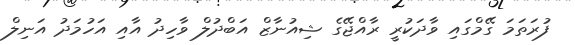
ފުރަތަަމަ ގޭމްގައި ވާދަކުރީ ރާއްޖޭގެ ޝިއުނާޒް އަބްދުލް ވާހިދު އާއި އަހުމަދު އަނިލް